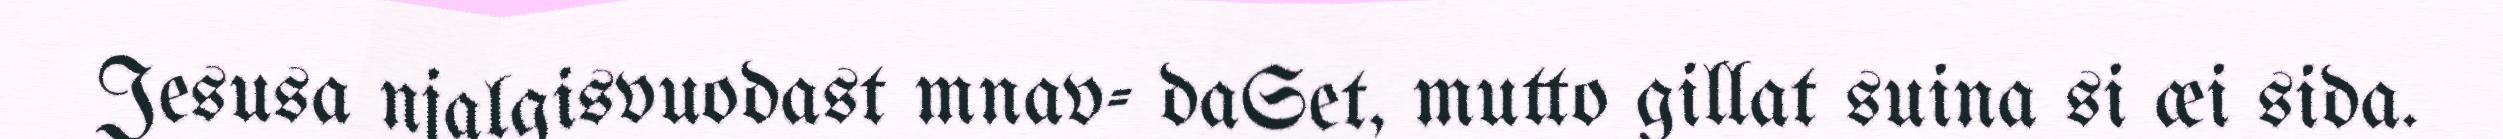
Jesusa njalgisvuodast mnav- daSet, mutto gillat suina si æi sida.